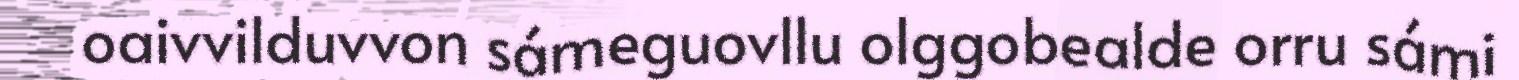
oaivvilduvvon sámeguovllu olggobealde orru sámi